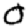
Digit: 0